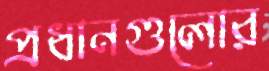
প্রধানগুলোর